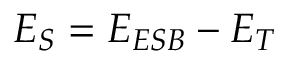
E _ { S } = E _ { E S B } - E _ { T }